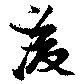
浚